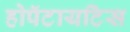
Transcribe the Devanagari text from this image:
होपॅटायटिस